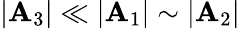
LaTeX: |\mathbf{A}_{3}|\ll|\mathbf{A}_{1}|\sim|\mathbf{A}_{2}|